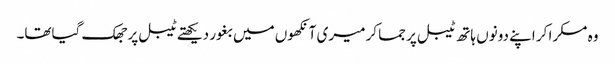
وہ مسکرا کر اپنے دونوں ہاتھ ٹیبل پر جما کر میری آنکھوں میں بغور دیکھتے ٹیبل پر جھک گیاتھا۔